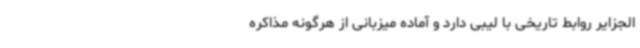
الجزایر روابط تاریخی با لیبی دارد و آماده میزبانی از هرگونه مذاکره